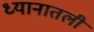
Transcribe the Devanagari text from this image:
ध्यानातली